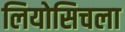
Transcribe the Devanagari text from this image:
लियोसिचला